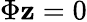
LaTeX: \Phi\mathbf{z}=0